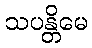
သပန္တိမေ